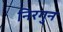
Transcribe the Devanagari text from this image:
निरगुन